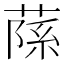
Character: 𦶽